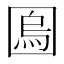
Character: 𡈎